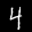
Label: 4